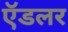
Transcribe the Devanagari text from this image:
ऍडलर